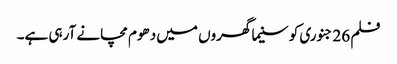
فلم 26 جنوری کو سنیما گھروں میں دھوم مچانے آرہی ہے۔